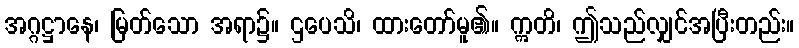
အဂ္ဂဋ္ဌာနေ၊ မြတ်သော အရာ၌။ ဌပေသိ၊ ထားတော်မူ၏။ ဣတိ၊ ဤသည်လျှင်အပြီးတည်း။